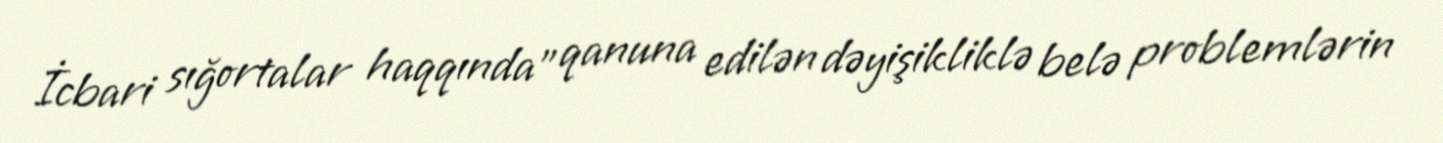
İcbari sığortalar haqqında" qanuna edilən dəyişikliklə belə problemlərin